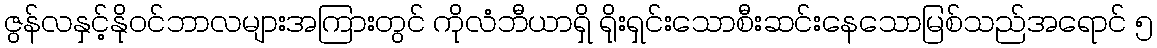
ဇွန်လနှင့်နိုဝင်ဘာလများအကြားတွင် ကိုလံဘီယာရှိ ရိုးရှင်းသောစီးဆင်းနေသောမြစ်သည်အရောင် ၅